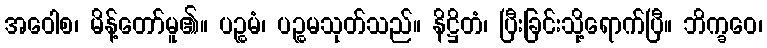
အဝေါစ၊ မိန့်တော်မူ၏။ ပဉ္စမံ၊ ပဉ္စမသုတ်သည်။ နိဋ္ဌိတံ၊ ပြီးခြင်းသို့ရောက်ပြီ။ ဘိက္ခဝေ၊